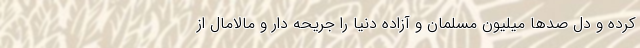
کرده و دل صدها میلیون مسلمان و آزاده دنیا را جریحه دار و مالامال از